Medical and sanitary report of the native army of Madras for the year
Year: 1876
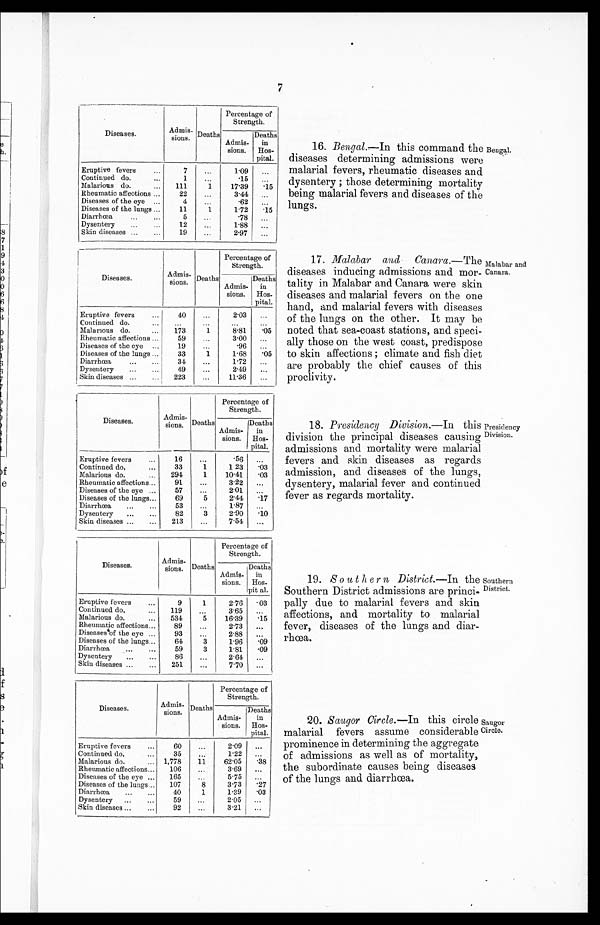
7
Diseases.
Admis-
sions. Deaths
Percentage of
Strength.
Admis-
sions.
Deaths
in
Hos-
pital.
Eruptive fevers
7
1·09
Continued do.
1
·15
Malarious do.
111
1
17·39
·15
Rheumatic affections
22
3·44
Diseases of the eye
4
. 6 2
Diseases of the lungs
11
1
1·72
·15
Diarrhœa
5
·78
Dysentery
12
1·88
Skin diseases
19
2·97
Diseases.
Admis-
sions. Deaths
Percentage of
Strength.
Admis-
sions.
Deaths
in
Hos-
pital.
Eruptive fevers
40
2·03
Continued do.
Malarious do.
173
1
8·81
·05
Rheumatic affections
59
3·00
Diseases of the eye
19
·96
Diseases of the lungs
33
1
1·68
·65
Diarrhœa
34
1·72
Dysentery
49
2·49
Skin diseases
223
11·36
16. Bengal.— In this command the
diseases determining admissions were
malarial fevers, rheumatic diseases and
dysentery; those determining mortality
being malarial fevers and diseases of the
lungs.
17. Malabar and Canara.— The
diseases inducing admissions and mor-
tality in Malabar and Canara were skin
diseases and malarial fevers on the one
hand, and malarial fevers with diseases
of the lungs on the other. It may be
noted that sea-coast stations, and speci-
ally those on the west coast, predispose
to skin affections; climate and fish diet
are probably the chief causes of this
proclivity.
Bengal.
Malabar and.
Canara.
Diseases.
Admis-
sions.
-
Deaths. Percentage of
Strength.
Admis-
sions.
Deaths
in
Hos-
pital.
Eruptive fevers
16
·56
Continued do.
33
1
1·23
·63
Malarious do.
294
1
10·41
·03
Rheumatic affections
91
3·22
Diseases of the eye
57
2·01
Diseases of the lungs
69
5
2·44
·17
Diarrhœa
53
187
Dysentery
82
3
2·90
·10
Skin diseases
213
7·54
Diseases.
Admis-
sions. Deaths
Percentage of
Strength.
Admis-
sions.
Deaths
in
Hos-
pital.
Eruptive fevers
9
1
2·76
·03
Continued do.
119
3·65
Malarious do,
534
5
16·39
·15
Rheumatic affections
89
2·73
Diseases of the eye
93
2·88
Diseases of the lungs
64
3
1·96
·09
Diarrhœa
59
3
1·81
·09
Dysentery
86
2·64
Skin diseases
251
7·70
Diseases.
Admis-
sions.
Deaths
Percentage of
Strength.
Admis-
sions.
Deaths
in
Hos-
pital.
Eruptive fevers
60
2·09
Continued do.
35
1·22
Malarious do.
1,778
11
62·05
·38
Rheumatic affections
106
3·69
Diseases of the eye
165
5·75
Diseases of the lungs
107
8
3·73
·27
Diarrhœa
40
1
1·39
·03
Dysentery
59
2·05
Skin diseases
92
3·21
18. Presidency Division.— In this
division the principal diseases causing
admissions and mortality were malarial
fevers and skin diseases as regards
admission, and diseases of the lungs,
dysentery, malarial fever and continued
fever as regards mortality.
19.
S o u t h e r n District.– In the
Southern District admissions are princi
- p a l l y d u e t o m a l a r i a l f e v e r s a n d s k i n
affections, and mortality to malarial
fever, diseases of the lungs and diar-
rhœa.
20. Saugor Circle.— In this circle
malarial fevers assume considerable
prominence in determining the aggregate
of admissions as well as of mortality,
the subordinate causes being diseases
of the lungs and diarrhœa.
Presidency
Division.
Southern
District.
Saugor
Circle.